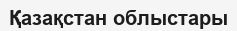
Қазақстан облыстары